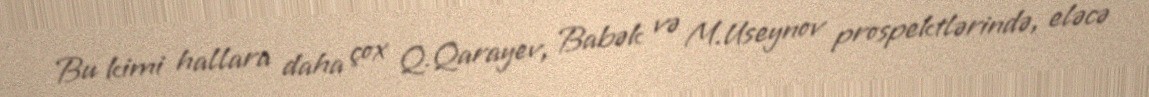
Bu kimi hallara daha çox Q.Qarayev, Babək və M.Useynov prospektlərində, eləcə